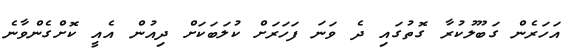
އަހަރެން ގަބޫލުކުރާ ގޮތުގައި ދެ ވަނަ ފަހަރަށް ކުލަބަކަށް ދިއުން އެއީ ކޮށްގެންވާނެ